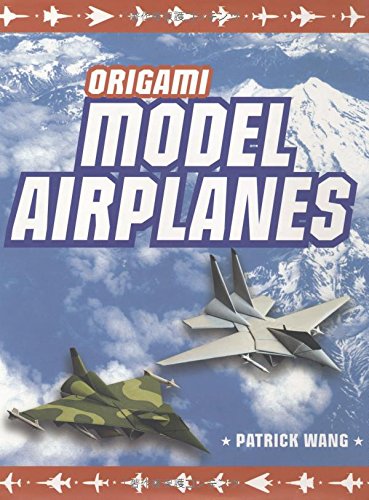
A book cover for Origami Model Airplanes: (Origami Book, 23 Designs, Plane Histories]; Patrick Wang; Sports & Outdoors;